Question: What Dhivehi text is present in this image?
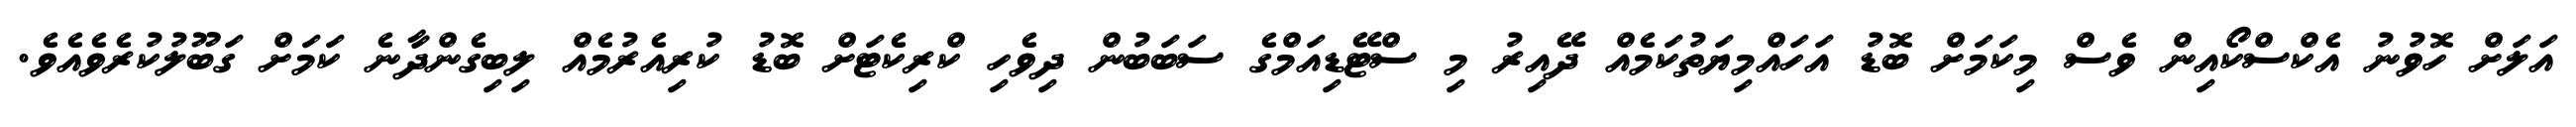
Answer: އަލަށް ހޮވުނު އެކްސްކޯއިން ވެސް މިކަމަށް ބޮޑު އަހައްމިޔަތުކަމެއް ދޭއިރު މި ސްޓޭޑިއަމްގެ ސަބަބުން ދިވެހި ކްރިކެޓަށް ބޮޑު ކުރިއެރުމެއް ލިބިގެންދާނެ ކަމަށް ގަބޫލުކުރެވެއެވެ.